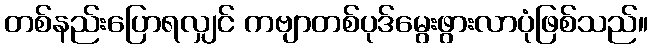
တစ်နည်းပြောရလျှင် ကဗျာတစ်ပုဒ်မွေးဖွားလာပုံဖြစ်သည်။